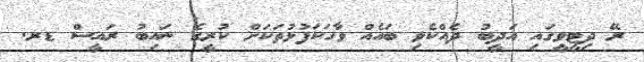
ރޭ ދިޓީވީގައި އަދީބު ދެއްކެވި ބައެއް ވާހަކަފުޅުތަކަށް ކުރީގެ ނައިބު ރައީސް ޑރ.